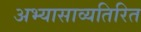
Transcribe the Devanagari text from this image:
अभ्यासाव्यतिरित